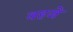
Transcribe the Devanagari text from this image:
वहजे